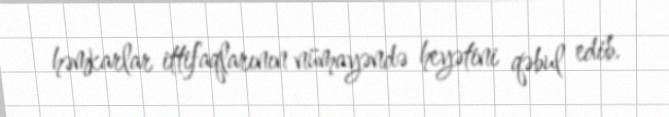
həmkarlar ittifaqlarının nümayəndə heyətini qəbul edib.